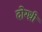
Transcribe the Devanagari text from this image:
दोग्ध्री